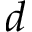
d